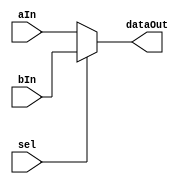
`timescale 1ns / 1ps

// 2 to 1 mux

module mux2to1 #(parameter WIDTH = 1) (aIn, bIn, sel, dataOut);

input 	[WIDTH-1:0] aIn, bIn;
input               sel;
output 	[WIDTH-1:0] dataOut;

// sel =	1: dataOut = bIn; 
// sel =	0: dataOut = aIn;
assign dataOut = sel ? bIn : aIn; 

endmodule